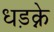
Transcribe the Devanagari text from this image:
धड़क्ने